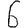
Digit: 6